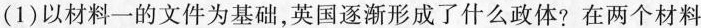
(1)以材料一的文件为基础，英国逐渐形成了什么政体?在两个材料